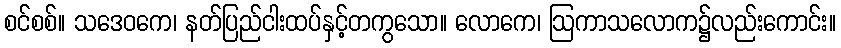
စင်စစ်။ သဒေဝကေ၊ နတ်ပြည်ငါးထပ်နှင့်တကွသော။ လောကေ၊ ဩကာသလောက၌လည်းကောင်း။